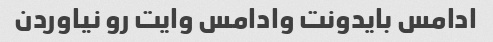
ادامس بایدونت وادامس وایت رو نیاوردن